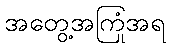
အတွေ့အကြုံအရ